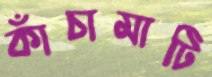
কাঁচামাটি